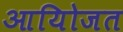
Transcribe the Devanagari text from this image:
आयोिजत